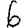
Digit: 6